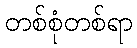
တစ်စုံတစ်ရာ